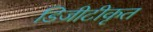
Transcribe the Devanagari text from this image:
डिजीटीकृत